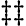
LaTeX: \ddagger\ddagger